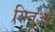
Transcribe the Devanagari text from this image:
यितुओ